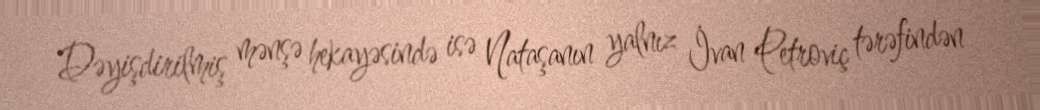
Dəyişdirilmiş mənşə hekayəsində isə Nataşanın yalnız İvan Petroviç tərəfindən